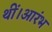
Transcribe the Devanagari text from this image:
थीं।आरंभ